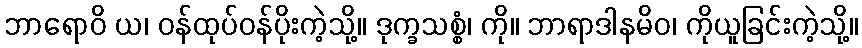
ဘာရောဝိ ယ၊ ဝန်ထုပ်ဝန်ပိုးကဲ့သို့။ ဒုက္ခသစ္စံ၊ ကို။ ဘာရာဒါနမိဝ၊ ကိုယူခြင်းကဲ့သို့။